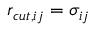
r _ { c u t , i j } = \sigma _ { i j }